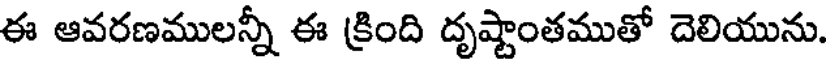
ఈ ఆవరణములన్నీ ఈ క్రింది దృష్టాంతముతో దెలియును.